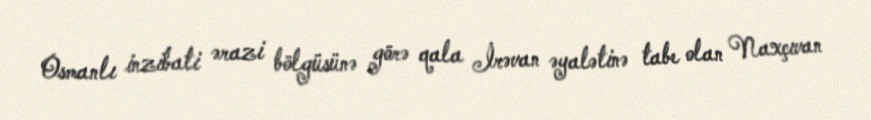
Osmanlı inzibati ərazi bölgüsünə görə qala İrəvan əyalətinə tabe olan Naxçıvan